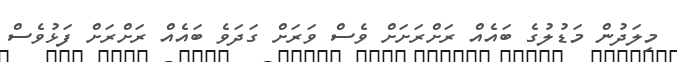
މިލަދުން މަޑުލުގެ ބައެއް ރަށްރަށަށް ވެސް ވަރަށް ގަދަވެ ބައެއް ރަށްރަށް ފަޅުވެސް